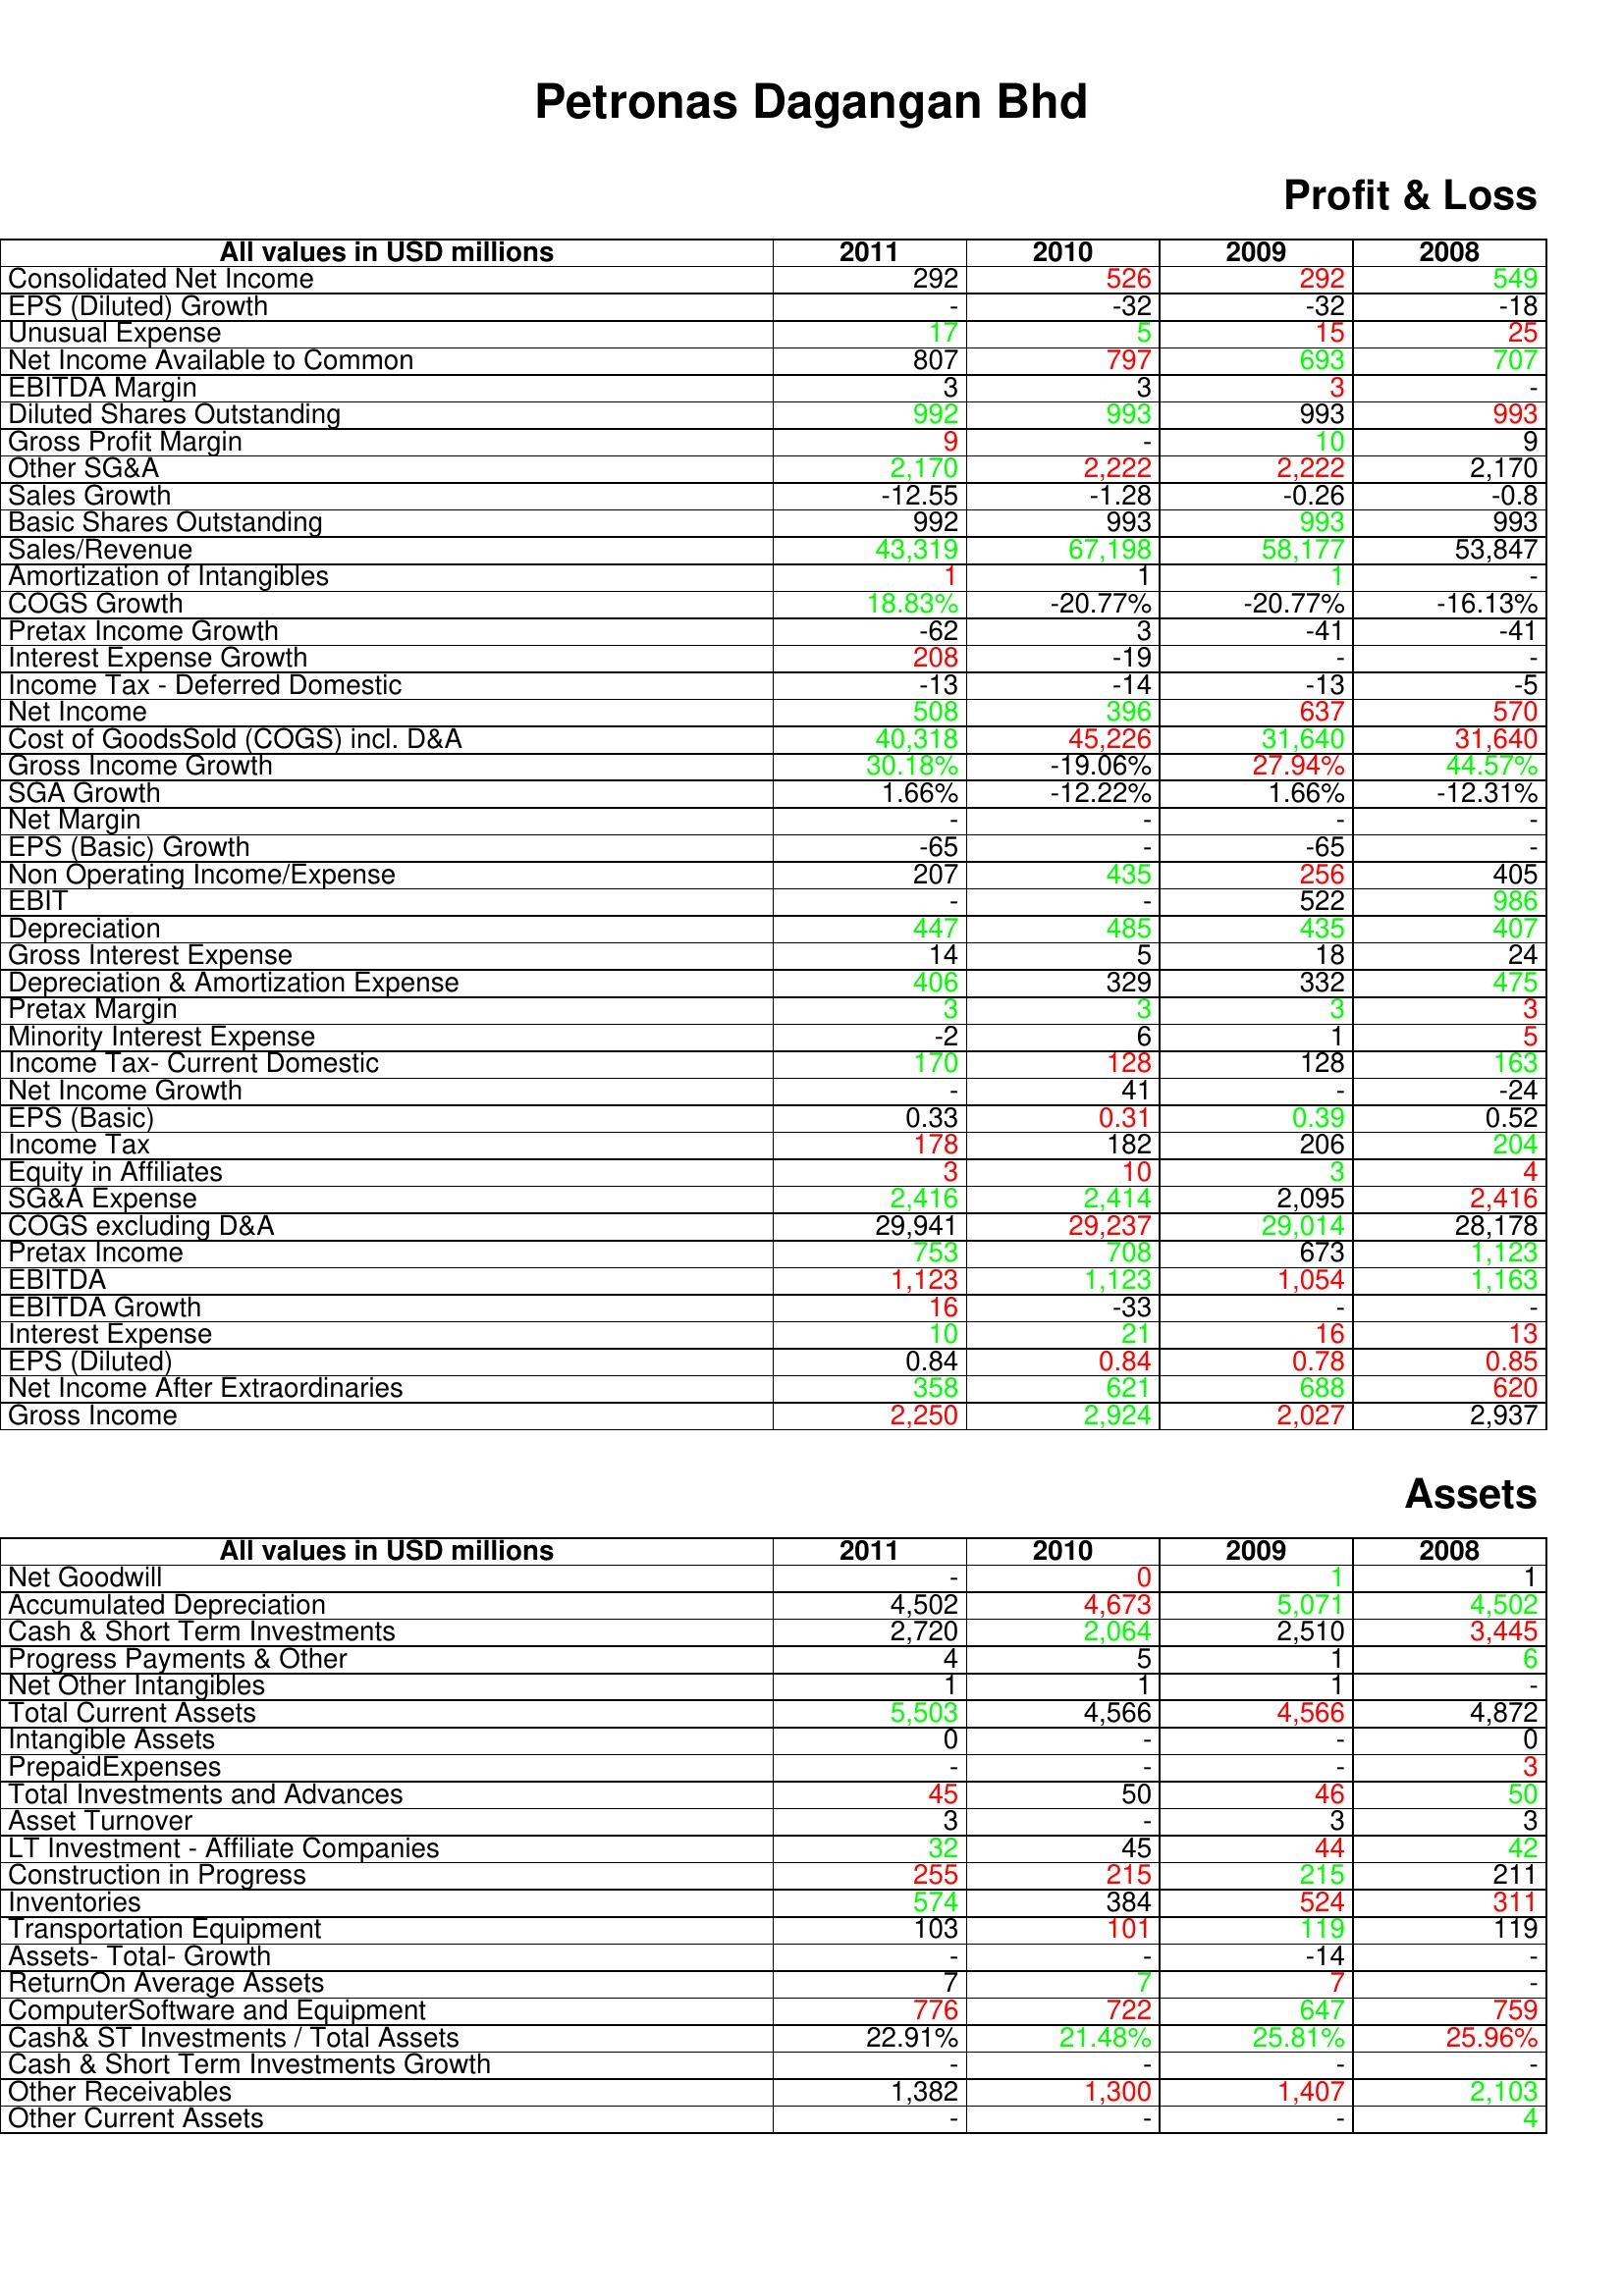
gt_parse: 2011: Profit & Loss: Consolidated Net Income: 292
EPS (Diluted) Growth: -
Unusual Expense: 17
Net Income Available to Common: 807
EBITDA Margin: 3
Diluted Shares Outstanding: 992
Gross Profit Margin: 9
Other SG&A: 2,170
Sales Growth: -12.55
Basic Shares Outstanding: 992
Sales/Revenue: 43,319
Amortization of Intangibles: 1
COGS Growth: 18.83%
Pretax Income Growth: -62
Interest Expense Growth: 208
Income Tax - Deferred Domestic: -13
Net Income: 508
Cost of GoodsSold (COGS) incl. D&A: 40,318
Gross Income Growth: 30.18%
SGA Growth: 1.66%
Net Margin: -
EPS (Basic) Growth: -65
Non Operating Income/Expense: 207
EBIT: -
Depreciation: 447
Gross Interest Expense: 14
Depreciation & Amortization Expense: 406
Pretax Margin: 3
Minority Interest Expense: -2
Income Tax- Current Domestic: 170
Net Income Growth: -
EPS (Basic): 0.33
Income Tax: 178
Equity in Affiliates: 3
SG&A Expense: 2,416
COGS excluding D&A: 29,941
Pretax Income: 753
EBITDA: 1,123
EBITDA Growth: 16
Interest Expense: 10
EPS (Diluted): 0.84
Net Income After Extraordinaries: 358
Gross Income: 2,250
Assets: Net Goodwill: -
Accumulated Depreciation: 4,502
Cash & Short Term Investments: 2,720
Progress Payments & Other: 4
Net Other Intangibles: 1
Total Current Assets: 5,503
Intangible Assets: 0
PrepaidExpenses: -
Total Investments and Advances: 45
Asset Turnover: 3
LT Investment - Affiliate Companies: 32
Construction in Progress: 255
Inventories: 574
Transportation Equipment: 103
Assets- Total- Growth: -
ReturnOn Average Assets: 7
ComputerSoftware and Equipment: 776
Cash& ST Investments / Total Assets: 22.91%
Cash & Short Term Investments Growth: -
Other Receivables: 1,382
Other Current Assets: -
2010: Profit & Loss: Consolidated Net Income: 526
EPS (Diluted) Growth: -32
Unusual Expense: 5
Net Income Available to Common: 797
EBITDA Margin: 3
Diluted Shares Outstanding: 993
Gross Profit Margin: -
Other SG&A: 2,222
Sales Growth: -1.28
Basic Shares Outstanding: 993
Sales/Revenue: 67,198
Amortization of Intangibles: 1
COGS Growth: -20.77%
Pretax Income Growth: 3
Interest Expense Growth: -19
Income Tax - Deferred Domestic: -14
Net Income: 396
Cost of GoodsSold (COGS) incl. D&A: 45,226
Gross Income Growth: -19.06%
SGA Growth: -12.22%
Net Margin: -
EPS (Basic) Growth: -
Non Operating Income/Expense: 435
EBIT: -
Depreciation: 485
Gross Interest Expense: 5
Depreciation & Amortization Expense: 329
Pretax Margin: 3
Minority Interest Expense: 6
Income Tax- Current Domestic: 128
Net Income Growth: 41
EPS (Basic): 0.31
Income Tax: 182
Equity in Affiliates: 10
SG&A Expense: 2,414
COGS excluding D&A: 29,237
Pretax Income: 708
EBITDA: 1,123
EBITDA Growth: -33
Interest Expense: 21
EPS (Diluted): 0.84
Net Income After Extraordinaries: 621
Gross Income: 2,924
Assets: Net Goodwill: 0
Accumulated Depreciation: 4,673
Cash & Short Term Investments: 2,064
Progress Payments & Other: 5
Net Other Intangibles: 1
Total Current Assets: 4,566
Intangible Assets: -
PrepaidExpenses: -
Total Investments and Advances: 50
Asset Turnover: -
LT Investment - Affiliate Companies: 45
Construction in Progress: 215
Inventories: 384
Transportation Equipment: 101
Assets- Total- Growth: -
ReturnOn Average Assets: 7
ComputerSoftware and Equipment: 722
Cash& ST Investments / Total Assets: 21.48%
Cash & Short Term Investments Growth: -
Other Receivables: 1,300
Other Current Assets: -
2009: Profit & Loss: Consolidated Net Income: 292
EPS (Diluted) Growth: -32
Unusual Expense: 15
Net Income Available to Common: 693
EBITDA Margin: 3
Diluted Shares Outstanding: 993
Gross Profit Margin: 10
Other SG&A: 2,222
Sales Growth: -0.26
Basic Shares Outstanding: 993
Sales/Revenue: 58,177
Amortization of Intangibles: 1
COGS Growth: -20.77%
Pretax Income Growth: -41
Interest Expense Growth: -
Income Tax - Deferred Domestic: -13
Net Income: 637
Cost of GoodsSold (COGS) incl. D&A: 31,640
Gross Income Growth: 27.94%
SGA Growth: 1.66%
Net Margin: -
EPS (Basic) Growth: -65
Non Operating Income/Expense: 256
EBIT: 522
Depreciation: 435
Gross Interest Expense: 18
Depreciation & Amortization Expense: 332
Pretax Margin: 3
Minority Interest Expense: 1
Income Tax- Current Domestic: 128
Net Income Growth: -
EPS (Basic): 0.39
Income Tax: 206
Equity in Affiliates: 3
SG&A Expense: 2,095
COGS excluding D&A: 29,014
Pretax Income: 673
EBITDA: 1,054
EBITDA Growth: -
Interest Expense: 16
EPS (Diluted): 0.78
Net Income After Extraordinaries: 688
Gross Income: 2,027
Assets: Net Goodwill: 1
Accumulated Depreciation: 5,071
Cash & Short Term Investments: 2,510
Progress Payments & Other: 1
Net Other Intangibles: 1
Total Current Assets: 4,566
Intangible Assets: -
PrepaidExpenses: -
Total Investments and Advances: 46
Asset Turnover: 3
LT Investment - Affiliate Companies: 44
Construction in Progress: 215
Inventories: 524
Transportation Equipment: 119
Assets- Total- Growth: -14
ReturnOn Average Assets: 7
ComputerSoftware and Equipment: 647
Cash& ST Investments / Total Assets: 25.81%
Cash & Short Term Investments Growth: -
Other Receivables: 1,407
Other Current Assets: -
2008: Profit & Loss: Consolidated Net Income: 549
EPS (Diluted) Growth: -18
Unusual Expense: 25
Net Income Available to Common: 707
EBITDA Margin: -
Diluted Shares Outstanding: 993
Gross Profit Margin: 9
Other SG&A: 2,170
Sales Growth: -0.8
Basic Shares Outstanding: 993
Sales/Revenue: 53,847
Amortization of Intangibles: -
COGS Growth: -16.13%
Pretax Income Growth: -41
Interest Expense Growth: -
Income Tax - Deferred Domestic: -5
Net Income: 570
Cost of GoodsSold (COGS) incl. D&A: 31,640
Gross Income Growth: 44.57%
SGA Growth: -12.31%
Net Margin: -
EPS (Basic) Growth: -
Non Operating Income/Expense: 405
EBIT: 986
Depreciation: 407
Gross Interest Expense: 24
Depreciation & Amortization Expense: 475
Pretax Margin: 3
Minority Interest Expense: 5
Income Tax- Current Domestic: 163
Net Income Growth: -24
EPS (Basic): 0.52
Income Tax: 204
Equity in Affiliates: 4
SG&A Expense: 2,416
COGS excluding D&A: 28,178
Pretax Income: 1,123
EBITDA: 1,163
EBITDA Growth: -
Interest Expense: 13
EPS (Diluted): 0.85
Net Income After Extraordinaries: 620
Gross Income: 2,937
Assets: Net Goodwill: 1
Accumulated Depreciation: 4,502
Cash & Short Term Investments: 3,445
Progress Payments & Other: 6
Net Other Intangibles: -
Total Current Assets: 4,872
Intangible Assets: 0
PrepaidExpenses: 3
Total Investments and Advances: 50
Asset Turnover: 3
LT Investment - Affiliate Companies: 42
Construction in Progress: 211
Inventories: 311
Transportation Equipment: 119
Assets- Total- Growth: -
ReturnOn Average Assets: -
ComputerSoftware and Equipment: 759
Cash& ST Investments / Total Assets: 25.96%
Cash & Short Term Investments Growth: -
Other Receivables: 2,103
Other Current Assets: 4